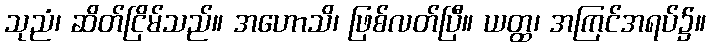
သုညံ၊ ဆိတ်ငြိမ်သည်။ အဟောသိ၊ ဖြစ်လတ်ပြီ။ ယတ္ထ၊ အကြင်အရပ်၌။